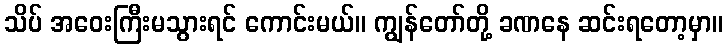
သိပ် အဝေးကြီးမသွားရင် ကောင်းမယ်။ ကျွန်တော်တို့ ခဏနေ ဆင်းရတော့မှာ။